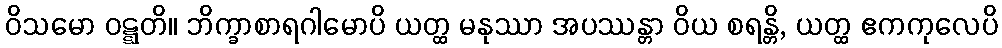
ဝိသမော ဝဋ္ဋတိ။ ဘိက္ခာစာရဂါမောပိ ယတ္ထ မနုဿာ အပဿန္တာ ဝိယ စရန္တိ, ယတ္ထ ဧကကုလေပိ